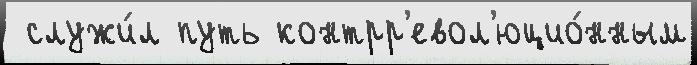
 служи́л путь контрр'евол'юцио́нным